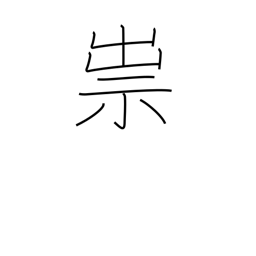
Meaning: curse